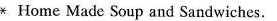
* Home Made Soup and Sandwiches.